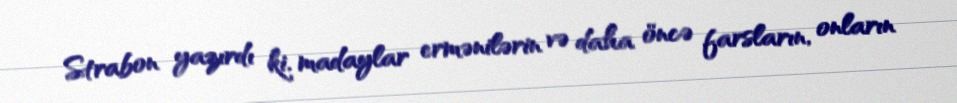
Strabon yazırdı ki, madaylar ermənilərin və daha öncə farsların, onların